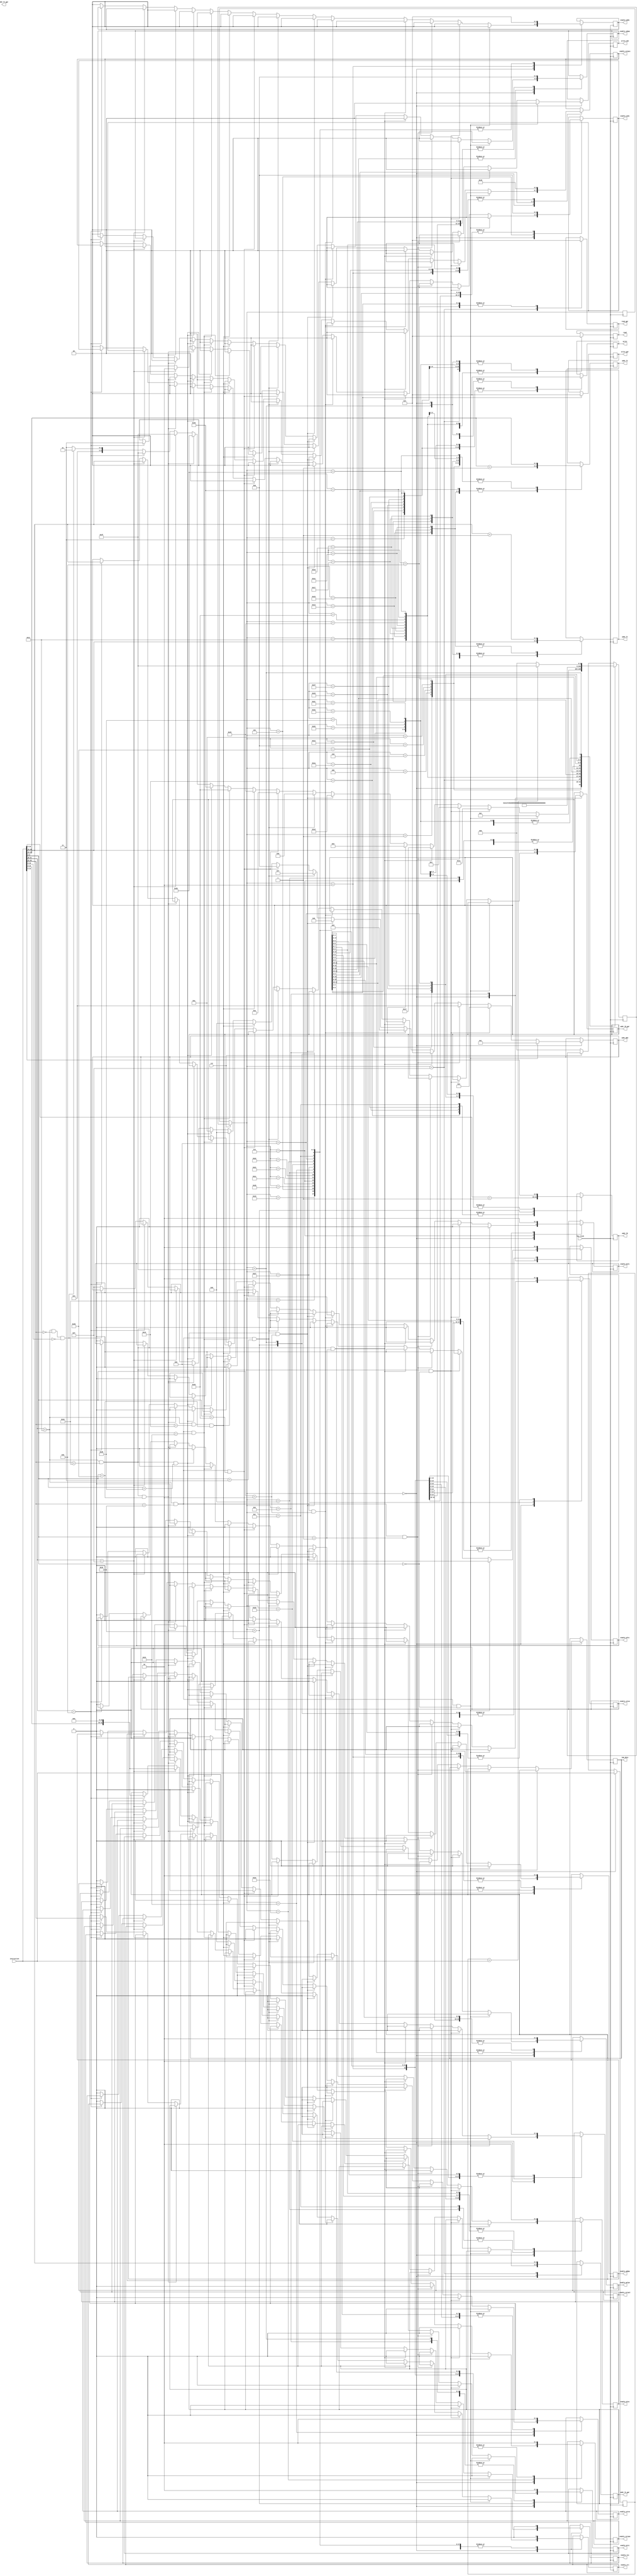
module fpu(
fpu_clock,
rst,
instruction,
enable_adds,
enable_addps,
enable_subs,
enable_subps,
enable_muls,
enable_mulps,
enable_divs,
enable_cvtpss,
enable_cvtsw,
enable_cvtws,
enable_cvtspl,
enable_cvtspu,
enable_lui,
enable_ori,
enable_mfc1,
enable_mtc1,
read,
write,
addr_ft,
addr_fs,
addr_fd,
imm_data,
read_gpr,
write_imm,
addr_fs_gpr,
addr_ft_gpr,
addr_fd_gpr,
write_gpr,
addr_MUX
);

input         fpu_clock;
input	      rst;
input  [31:0] instruction;

output reg		[1:0]	enable_adds;
output reg			enable_addps;
output reg		[1:0]	enable_subs;
output reg		[1:0]	enable_subps;
output reg			enable_muls;
output reg			enable_mulps;
output reg			enable_divs;
output reg		[1:0]	enable_cvtpss;
output reg			enable_cvtsw;
output reg			enable_cvtws;
output reg			enable_cvtspl;
output reg			enable_cvtspu;
output reg			enable_lui;
output reg			enable_ori;
output reg			enable_mfc1;
output reg			enable_mtc1;
output reg [1:0] read; //1: both read; 2:only read rt
output reg [1:0] write;
//output reg [31:0] imm_data;
output reg  [4:0]    addr_ft;
output reg  [4:0]    addr_fs;
output reg  [4:0]    addr_fd;
output reg  [1:0] read_gpr; //1: both read; 2:only read rt
output reg  [1:0] write_imm;
output reg  [1:0] write_gpr;
output reg [31:0] imm_data;
output reg  [4:0]    addr_ft_gpr;
output reg  [4:0]    addr_fs_gpr;
output reg  [4:0]    addr_fd_gpr;
output reg  [3:0]    addr_MUX;

parameter decode=6'b000000,add_read=6'b000001,add_cal=6'b000010,add_write=6'b000011,sub_read=6'b000100,sub_cal=6'b000101,mul_read=6'b000110, mul_cal=6'b000111, div_read=6'b001000, div_cal=6'b001001,cvtpss_read=6'b001010, cvtpss_write_high=6'b001011, cvtpss_write_low=6'b001100, mfc1_read=6'b001101, mfc1_write=6'b001110, mtc1_read=6'b001111, mtc1_write=6'b010000, addps_read1=6'b010001, addps_write1=6'b010010, addps_read2=6'b010011, addps_write2=6'b010100, addps_cal1=6'b010101, addps_cal2=6'b010110, subps_read1=6'b010111, subps_write1=6'b011000, subps_read2=6'b011001, subps_write2=6'b011010, subps_cal1=6'b011011, subps_cal2=6'b011100, mulps_read1=6'b011101, mulps_read2=6'b011110, mulps_write1=6'b011111, mulps_write2=6'b100000, mulps_cal1=6'b100001, mulps_cal2=6'b100010, cvtsw_read=6'b100011, cvtsw_cal=6'b100100, cvtsw_write=6'b100101, cvtws_read=6'b100110, cvtws_cal=6'b100111, cvtws_write=6'b101000, cvtspl_read=6'b101001, cvtspl_write=6'b101010, cvtspu_read=6'b101011, cvtspu_write=6'b101100, cvtspl_cal=6'b101101, cvtspu_cal=6'b101110, over=6'b111111;
reg[5:0]	state, nextstate;       //FSM
reg [31:0] cmp_instruction;


always@(posedge fpu_clock)
begin
	    if(!rst)
		   //state = start;
		   begin nextstate = decode;
		   end
	    	
	    else
		   state = nextstate;
begin	
	case(state)
	
	decode:
		
	begin
	cmp_instruction = instruction;
	if (instruction[31:26]==6'b010001 && instruction[25:21]==5'b10000  && instruction[5:0]==6'b000000) //add.s 1
			begin
				//floatadd floatadd_s (.clk(func_clk), .rst(cpu_reset_b), .x(x), .y(y), .z(z), .overflow(overflow));
				enable_adds=0;
				enable_addps=0;
				enable_subs=0;
				enable_subps=0;
				enable_muls=0;
				enable_mulps=0;
				enable_divs=0;
				enable_cvtpss=0;
				enable_cvtsw=0;
				enable_cvtws=0;
				enable_cvtspl=0;
				enable_cvtspu=0;
				enable_lui=0;
				enable_ori=0;
				enable_mfc1=0;
				enable_mtc1=0;
				read=0; write=0; write_imm=0;addr_MUX = 4'b0001;
				nextstate = add_read;
			end

	else if (instruction[31:26]==6'b010001 && instruction[25:21]==5'b10110  && instruction[5:0]==6'b000000) //add.ps 2
			begin
				enable_adds=0;
				enable_addps=0;
				enable_subs=0;
				enable_subps=0;
				enable_muls=0;
				enable_mulps=0;
				enable_divs=0;
				enable_cvtpss=0;
				enable_cvtsw=0;
				enable_cvtws=0;
				enable_cvtspl=0;
				enable_cvtspu=0;
				enable_lui=0;
				enable_ori=0;
				enable_mfc1=0;
				enable_mtc1=0;
				read=0; write=0; write_imm=0;addr_MUX = 4'b0010;
				nextstate = addps_read1;				

			end

	else if (instruction[31:26]==6'b010001 && instruction[25:21]==5'b10000  && instruction[5:0]==6'b000001) //sub.s 3
			begin
				enable_adds=0;
				enable_addps=0;
				enable_subs=0;
				enable_subps=0;
				enable_muls=0;
				enable_mulps=0;
				enable_divs=0;
				enable_cvtpss=0;
				enable_cvtsw=0;
				enable_cvtws=0;
				enable_cvtspl=0;
				enable_cvtspu=0;
				enable_lui=0;
				enable_ori=0;
				enable_mfc1=0;
				enable_mtc1=0;
				read=0; write=0; write_imm=0;addr_MUX = 4'b0011;
				nextstate = sub_read;				

			end

	else if (instruction[31:26]==6'b010001 && instruction[25:21]==5'b10110  && instruction[5:0]==6'b000001) //sub.ps 4
			begin
				enable_adds=0;
				enable_addps=0;
				enable_subs=0;
				enable_subps=0;
				enable_muls=0;
				enable_mulps=0;
				enable_divs=0;
				enable_cvtpss=0;
				enable_cvtsw=0;
				enable_cvtws=0;
				enable_cvtspl=0;
				enable_cvtspu=0;
				enable_lui=0;
				enable_ori=0;
				enable_mfc1=0;
				enable_mtc1=0;
				read=0; write=0; write_imm=0;addr_MUX = 4'b0100;
				nextstate = subps_read1;				

			end

	else if (instruction[31:26]==6'b010001 && instruction[25:21]==5'b10000  && instruction[5:0]==6'b000010) //mul.s 5
			begin
				enable_adds=0;
				enable_addps=0;
				enable_subs=0;
				enable_subps=0;
				enable_muls=0;
				enable_mulps=0;
				enable_divs=0;
				enable_cvtpss=0;
				enable_cvtsw=0;
				enable_cvtws=0;
				enable_cvtspl=0;
				enable_cvtspu=0;
				enable_lui=0;
				enable_ori=0;
				enable_mfc1=0;
				enable_mtc1=0;
				read=0; write=0; write_imm=0;addr_MUX = 4'b0101;
				nextstate = mul_read;				

			end

	else if (instruction[31:26]==6'b010001 && instruction[25:21]==5'b10110  && instruction[5:0]==6'b000010) //mul.ps 6
			begin
				enable_adds=0;
				enable_addps=0;
				enable_subs=0;
				enable_subps=0;
				enable_muls=0;
				enable_mulps=0;
				enable_divs=0;
				enable_cvtpss=0;
				enable_cvtsw=0;
				enable_cvtws=0;
				enable_cvtspl=0;
				enable_cvtspu=0;
				enable_lui=0;
				enable_ori=0;
				enable_mfc1=0;
				enable_mtc1=0;
				read=0; write=0; write_imm=0;addr_MUX = 4'b0110;
				nextstate = mulps_read1;				

			end

	else if (instruction[31:26]==6'b010001 && instruction[25:21]==5'b10000  && instruction[5:0]==6'b000011) //div.s 7
			begin
				enable_adds=0;
				enable_addps=0;
				enable_subs=0;
				enable_subps=0;
				enable_muls=0;
				enable_mulps=0;
				enable_divs=0;
				enable_cvtpss=0;
				enable_cvtsw=0;
				enable_cvtws=0;
				enable_cvtspl=0;
				enable_cvtspu=0;
				enable_lui=0;
				enable_ori=0;
				enable_mfc1=0;
				enable_mtc1=0;
				read=0; write=0; write_imm=0;addr_MUX = 4'b0111;
				nextstate = div_read;				

			end
	else if (instruction[31:26]==6'b010001 && instruction[25:21]==5'b10000  && instruction[5:0]==6'b100110) //cvt.ps.s fd = fs || fd 8
			begin
				enable_adds=0;
				enable_addps=0;
				enable_subs=0;
				enable_subps=0;
				enable_muls=0;
				enable_mulps=0;
				enable_divs=0;
				enable_cvtpss=0;
				enable_cvtsw=0;
				enable_cvtws=0;
				enable_cvtspl=0;
				enable_cvtspu=0;
				enable_lui=0;
				enable_ori=0;
				enable_mfc1=0;
				enable_mtc1=0;
				read=0; write=0; write_imm=0;addr_MUX = 4'b1000;				
				nextstate = cvtpss_read;

			end
	else if (instruction[31:26]==6'b010001 && instruction[25:21]==5'b10100  && instruction[5:0]==6'b100000) //cvt.s.w 9
			begin
				enable_adds=0;
				enable_addps=0;
				enable_subs=0;
				enable_subps=0;
				enable_muls=0;
				enable_mulps=0;
				enable_divs=0;
				enable_cvtpss=0;
				enable_cvtsw=0;
				enable_cvtws=0;
				enable_cvtspl=0;
				enable_cvtspu=0;
				enable_lui=0;
				enable_ori=0;
				enable_mfc1=0;
				enable_mtc1=0;
				read=0; write=0; write_imm=0;addr_MUX = 4'b1001;				
				nextstate = cvtsw_read;		

			end

	else if (instruction[31:26]==6'b010001 && instruction[25:21]==5'b10000  && instruction[5:0]==6'b100100) //cvt.w.s 9
			begin
				enable_adds=0;
				enable_addps=0;
				enable_subs=0;
				enable_subps=0;
				enable_muls=0;
				enable_mulps=0;
				enable_divs=0;
				enable_cvtpss=0;
				enable_cvtsw=0;
				enable_cvtws=0;
				enable_cvtspl=0;
				enable_cvtspu=0;
				enable_lui=0;
				enable_ori=0;
				enable_mfc1=0;
				enable_mtc1=0;
				read=0; write=0; write_imm=0;addr_MUX = 4'b1001;				
				nextstate = cvtws_read;					

			end

	else if (instruction[31:26]==6'b010001 && instruction[25:21]==5'b10110  && instruction[5:0]==6'b101000) //cvt.s.pl 10
			begin
				enable_adds=0;
				enable_addps=0;
				enable_subs=0;
				enable_subps=0;
				enable_muls=0;
				enable_mulps=0;
				enable_divs=0;
				enable_cvtpss=0;
				enable_cvtsw=0;
				enable_cvtws=0;
				enable_cvtspl=0;
				enable_cvtspu=0;
				enable_lui=0;
				enable_ori=0;
				enable_mfc1=0;
				enable_mtc1=0;
				read=0; write=0; write_imm=0;addr_MUX = 4'b1010;				
				nextstate = cvtspl_read;					

			end

	else if (instruction[31:26]==6'b010001 && instruction[25:21]==5'b10110  && instruction[5:0]==6'b100000) //cvt.s.pu 11
			begin
				enable_adds=0;
				enable_addps=0;
				enable_subs=0;
				enable_subps=0;
				enable_muls=0;
				enable_mulps=0;
				enable_divs=0;
				enable_cvtpss=0;
				enable_cvtsw=0;
				enable_cvtws=0;
				enable_cvtspl=0;
				enable_cvtspu=0;
				enable_lui=0;
				enable_ori=0;
				enable_mfc1=0;
				enable_mtc1=0;
				read=0; write=0; write_imm=0;addr_MUX = 4'b1011;				
				nextstate = cvtspu_read;				

			end

	else if (instruction[31:26]==6'b001111) //lui  12
			begin
				read = 0; write=0; write_imm = 2'b10;//addr_MUX = 4'b1100;
				addr_fd_gpr = instruction[20:16]; //the addr of write target of the register
				imm_data = {instruction[15:0],16'b0};
				nextstate = over;

			end

	else if (instruction[31:26]==6'b001101 ) //ori 13
			begin
				read = 0; write=0; write_imm = 2'b11;//addr_MUX = 4'b1101;
				addr_fd_gpr = instruction[20:16]; //the addr of write target of the register
				addr_fs_gpr = instruction[25:21];
				imm_data = {instruction[15:0],16'b0};
				nextstate = over;

			end

	else if (instruction[31:26]==6'b010001 && instruction[25:21]==5'b00000  && instruction[10:0]==11'b00000000000) //mfc1 14
			begin
				
				enable_adds=0;
				enable_addps=0;
				enable_subs=0;
				enable_subps=0;
				enable_muls=0;
				enable_mulps=0;
				enable_divs=0;
				enable_cvtpss=0;
				enable_cvtsw=0;
				enable_cvtws=0;
				enable_cvtspl=0;
				enable_cvtspu=0;
				enable_lui=0;
				enable_ori=0;
				enable_mfc1=0;
				enable_mtc1=0;
				read=0; write=0; write_imm=0;//addr_MUX = 4'b1110;	
				nextstate = mfc1_read;	
			end

	else 
				//if (instruction[31:26]==5'b010001 && instruction[25:21]==5'b00100  && instruction[10:0]==11'b00000000000) //mtc1 15
			begin
				enable_adds=0;
				enable_addps=0;
				enable_subs=0;
				enable_subps=0;
				enable_muls=0;
				enable_mulps=0;
				enable_divs=0;
				enable_cvtpss=0;
				enable_cvtsw=0;
				enable_cvtws=0;
				enable_cvtspl=0;
				enable_cvtspu=0;
				enable_lui=0;
				enable_ori=0;
				enable_mfc1=0;
				enable_mtc1=0;
				read=0; write=0; write_imm=0;addr_MUX = 4'b1111;	
				nextstate = mtc1_read;				

			end
	end //end of case 'decode'

//*********************************************************************
	add_read:
	begin

		read = 1; write = 0;
		addr_ft = instruction[20:16];
		addr_fs = instruction[15:11];
		//addr_fd = instruction[10:6];
		nextstate = add_cal;
	

	end //end of case 'add_read'
	
	sub_read:
	begin

		read = 1; write = 0;
		addr_ft = instruction[20:16];
		addr_fs = instruction[15:11];
		//addr_fd = instruction[10:6];
		nextstate = sub_cal;
	

	end //end of case 'sub_read'

	mul_read:
	begin

		read = 1; write = 0;
		addr_ft = instruction[20:16];
		addr_fs = instruction[15:11];
		//addr_fd = instruction[10:6];
		nextstate = mul_cal;
	

	end //end of case 'mul_read'

	div_read:
	begin

		read = 1; write = 0;
		addr_ft = instruction[20:16];
		addr_fs = instruction[15:11];
		//addr_fd = instruction[10:6];
		nextstate = div_cal;
	

	end //end of case 'div_read'

	cvtpss_read:
	begin

		read = 1; write = 0;
		addr_ft = instruction[20:16];
		addr_fs = instruction[15:11];
		//addr_fd = instruction[10:6];
		nextstate = cvtpss_write_high;
	

	end //end of case 'cvtpss_read'

	mfc1_read:
	begin

		read = 1; read_gpr = 0; write = 0;  
		//addr_ft = instruction[20:16];
		addr_fs = instruction[15:11];
		//addr_fd = instruction[10:6];
		nextstate = mfc1_write;
	

	end //end of case 'mfc1_read'

	mtc1_read:
	begin

		read = 0; write = 0; read_gpr = 1;
		//addr_ft = instruction[20:16];
		addr_fs_gpr = instruction[20:16];
		//addr_fd = instruction[10:6];
		nextstate = mtc1_write;
	

	end //end of case 'mtc1_read'

	addps_read1:
	begin

		read = 1; write = 0;
		addr_ft = instruction[20:16];
		addr_fs = instruction[15:11];
		//addr_fd = instruction[10:6];
		nextstate = addps_cal1;
	end // end of 'addps_read1'

	addps_read2:
	begin

		read = 1; write = 0;
		addr_ft = instruction[20:16]+1;
		addr_fs = instruction[15:11]+1;
		//addr_fd = instruction[10:6];
		nextstate = addps_cal2;
	end // end of 'addps_read2'

	subps_read1:
	begin

		read = 1; write = 0;
		addr_ft = instruction[20:16];
		addr_fs = instruction[15:11];
		//addr_fd = instruction[10:6];
		nextstate = subps_cal1;
	end // end of 'subps_read1'

	subps_read2:
	begin

		read = 1; write = 0;
		addr_ft = instruction[20:16]+1;
		addr_fs = instruction[15:11]+1;
		//addr_fd = instruction[10:6];
		nextstate = subps_cal2;
	end // end of 'subps_read2'

	mulps_read1:
	begin

		read = 1; write = 0;
		addr_ft = instruction[20:16];
		addr_fs = instruction[15:11];
		//addr_fd = instruction[10:6];
		nextstate = mulps_cal1;
	end // end of 'mulps_read1'

	mulps_read2:
	begin

		read = 1; write = 0;
		addr_ft = instruction[20:16]+1;
		addr_fs = instruction[15:11]+1;
		//addr_fd = instruction[10:6];
		nextstate = mulps_cal2;
	end // end of 'mulps_read2'

	cvtsw_read:
	begin

		read = 1; write = 0;
		//addr_ft = instruction[20:16]+1;
		addr_fs = instruction[15:11];
		//addr_fd = instruction[10:6];
		nextstate = cvtsw_cal;
	end // end of 'cvtsw_read'

	cvtws_read:
	begin

		read = 1; write = 0;
		//addr_ft = instruction[20:16]+1;
		addr_fs = instruction[15:11];
		//addr_fd = instruction[10:6];
		nextstate = cvtws_cal;
	end // end of 'cvtws_read'

	cvtspl_read:
	begin

		read = 1; write = 0;
		//addr_ft = instruction[20:16]+1;
		addr_fs = instruction[15:11]+1;
		//addr_fd = instruction[10:6];
		nextstate = cvtspl_cal;
	end // end of 'cvtspl_read'

	cvtspu_read:
	begin

		read = 1; write = 0;
		//addr_ft = instruction[20:16]+1;
		addr_fs = instruction[15:11];
		//addr_fd = instruction[10:6];
		nextstate = cvtspu_cal;
	end // end of 'cvtspu_read'
//******************************************************************************************
	add_cal:
	begin

				enable_adds=2'b01;
				enable_addps=0;
				enable_subs=0;
				enable_subps=0;
				enable_muls=0;
				enable_mulps=0;
				enable_divs=0;
				enable_cvtpss=0;
				enable_cvtsw=0;
				enable_cvtws=0;
				enable_cvtspl=0;
				enable_cvtspu=0;
				enable_lui=0;
				enable_ori=0;
				enable_mfc1=0;
				enable_mtc1=0;
				nextstate = add_write;

	end //end of case 'add_cal'

	addps_cal1:
	begin

				enable_adds=0;
				enable_addps=1;
				enable_subs=0;
				enable_subps=0;
				enable_muls=0;
				enable_mulps=0;
				enable_divs=0;
				enable_cvtpss=0;
				enable_cvtsw=0;
				enable_cvtws=0;
				enable_cvtspl=0;
				enable_cvtspu=0;
				enable_lui=0;
				enable_ori=0;
				enable_mfc1=0;
				enable_mtc1=0;
				nextstate = addps_write1;

	end //end of case 'addps_cal1'

	addps_cal2:
	begin

				enable_adds=0;
				enable_addps=1;
				enable_subs=0;
				enable_subps=0;
				enable_muls=0;
				enable_mulps=0;
				enable_divs=0;
				enable_cvtpss=0;
				enable_cvtsw=0;
				enable_cvtws=0;
				enable_cvtspl=0;
				enable_cvtspu=0;
				enable_lui=0;
				enable_ori=0;
				enable_mfc1=0;
				enable_mtc1=0;
				nextstate = addps_write2;

	end //end of case 'addps_cal2'

	sub_cal:
	begin

				enable_adds=0;
				enable_addps=0;
				enable_subs=2'b10;
				enable_subps=0;
				enable_muls=0;
				enable_mulps=0;
				enable_divs=0;
				enable_cvtpss=0;
				enable_cvtsw=0;
				enable_cvtws=0;
				enable_cvtspl=0;
				enable_cvtspu=0;
				enable_lui=0;
				enable_ori=0;
				enable_mfc1=0;
				enable_mtc1=0;
				nextstate = add_write;

	end //end of case 'sub_cal'

	subps_cal1:
	begin

				enable_adds=0;
				enable_addps=0;
				enable_subs=0;
				enable_subps=2'b10;
				enable_muls=0;
				enable_mulps=0;
				enable_divs=0;
				enable_cvtpss=0;
				enable_cvtsw=0;
				enable_cvtws=0;
				enable_cvtspl=0;
				enable_cvtspu=0;
				enable_lui=0;
				enable_ori=0;
				enable_mfc1=0;
				enable_mtc1=0;
				nextstate = subps_write1;

	end //end of case 'addps_cal1'

	subps_cal2:
	begin

				enable_adds=0;
				enable_addps=0;
				enable_subs=0;
				enable_subps=2'b10;
				enable_muls=0;
				enable_mulps=0;
				enable_divs=0;
				enable_cvtpss=0;
				enable_cvtsw=0;
				enable_cvtws=0;
				enable_cvtspl=0;
				enable_cvtspu=0;
				enable_lui=0;
				enable_ori=0;
				enable_mfc1=0;
				enable_mtc1=0;
				nextstate = subps_write2;

	end //end of case 'addps_cal2'

	mul_cal:
	begin

				enable_adds=0;
				enable_addps=0;
				enable_subs=0;
				enable_subps=0;
				enable_muls=1;
				enable_mulps=0;
				enable_divs=0;
				enable_cvtpss=0;
				enable_cvtsw=0;
				enable_cvtws=0;
				enable_cvtspl=0;
				enable_cvtspu=0;
				enable_lui=0;
				enable_ori=0;
				enable_mfc1=0;
				enable_mtc1=0;
				nextstate = add_write;

	end //end of case 'mul_cal'

	mulps_cal1:
	begin

				enable_adds=0;
				enable_addps=0;
				enable_subs=0;
				enable_subps=0;
				enable_muls=0;
				enable_mulps=1;
				enable_divs=0;
				enable_cvtpss=0;
				enable_cvtsw=0;
				enable_cvtws=0;
				enable_cvtspl=0;
				enable_cvtspu=0;
				enable_lui=0;
				enable_ori=0;
				enable_mfc1=0;
				enable_mtc1=0;
				nextstate = mulps_write1;

	end //end of case 'mulps_cal1'

	mulps_cal2:
	begin

				enable_adds=0;
				enable_addps=0;
				enable_subs=0;
				enable_subps=0;
				enable_muls=0;
				enable_mulps=1;
				enable_divs=0;
				enable_cvtpss=0;
				enable_cvtsw=0;
				enable_cvtws=0;
				enable_cvtspl=0;
				enable_cvtspu=0;
				enable_lui=0;
				enable_ori=0;
				enable_mfc1=0;
				enable_mtc1=0;
				nextstate = mulps_write2;

	end //end of case 'mulps_cal2'

	div_cal:
	begin

				enable_adds=0;
				enable_addps=0;
				enable_subs=0;
				enable_subps=0;
				enable_muls=0;
				enable_mulps=0;
				enable_divs=1;
				enable_cvtpss=0;
				enable_cvtsw=0;
				enable_cvtws=0;
				enable_cvtspl=0;
				enable_cvtspu=0;
				enable_lui=0;
				enable_ori=0;
				enable_mfc1=0;
				enable_mtc1=0;
				nextstate = add_write;

	end //end of case 'div_cal'

	cvtsw_cal:
	begin

				enable_adds=0;
				enable_addps=0;
				enable_subs=0;
				enable_subps=0;
				enable_muls=0;
				enable_mulps=0;
				enable_divs=0;
				enable_cvtpss=0;
				enable_cvtsw=1;
				enable_cvtws=0;
				enable_cvtspl=0;
				enable_cvtspu=0;
				enable_lui=0;
				enable_ori=0;
				enable_mfc1=0;
				enable_mtc1=0;
				nextstate = cvtsw_write;

	end //end of case 'cvtsw_cal'

	cvtws_cal:
	begin

				enable_adds=0;
				enable_addps=0;
				enable_subs=0;
				enable_subps=0;
				enable_muls=0;
				enable_mulps=0;
				enable_divs=0;
				enable_cvtpss=0;
				enable_cvtsw=0;
				enable_cvtws=1;
				enable_cvtspl=0;
				enable_cvtspu=0;
				enable_lui=0;
				enable_ori=0;
				enable_mfc1=0;
				enable_mtc1=0;
				nextstate = cvtws_write;

	end //end of case 'cvtws_cal'

	cvtspl_cal:
	begin

				enable_adds=0;
				enable_addps=0;
				enable_subs=0;
				enable_subps=0;
				enable_muls=0;
				enable_mulps=0;
				enable_divs=0;
				enable_cvtpss=0;
				enable_cvtsw=0;
				enable_cvtws=0;
				enable_cvtspl=1;
				enable_cvtspu=0;
				enable_lui=0;
				enable_ori=0;
				enable_mfc1=0;
				enable_mtc1=0;
				nextstate = cvtspl_write;

	end //end of case 'cvtspl_cal'

	cvtspu_cal:
	begin

				enable_adds=0;
				enable_addps=0;
				enable_subs=0;
				enable_subps=0;
				enable_muls=0;
				enable_mulps=0;
				enable_divs=0;
				enable_cvtpss=0;
				enable_cvtsw=0;
				enable_cvtws=0;
				enable_cvtspl=0;
				enable_cvtspu=1;
				enable_lui=0;
				enable_ori=0;
				enable_mfc1=0;
				enable_mtc1=0;
				nextstate = cvtspu_write;

	end //end of case 'cvtspu_cal'

//*******************************************************************************
	add_write:
	begin
		read = 0; write = 2'b01;
		addr_fd = instruction[10:6];		
		nextstate = over;
	end //end of case 'add_write'

	addps_write1:
	begin
		read = 0; write = 2'b01;
		addr_fd = instruction[10:6];		
		nextstate = addps_read2;
	end //end of case 'addps_write1'

	addps_write2:
	begin
		read = 0; write = 2'b01;
		addr_fd = instruction[10:6]+1;		
		nextstate = over;
	end //end of case 'addps_write2'

	subps_write1:
	begin
		read = 0; write = 2'b01;
		addr_fd = instruction[10:6];		
		nextstate = subps_read2;
	end //end of case 'subps_write1'

	subps_write2:
	begin
		read = 0; write = 2'b01;
		addr_fd = instruction[10:6]+1;		
		nextstate = over;
	end //end of case 'subps_write2'

	mulps_write1:
	begin
		read = 0; write = 2'b01;
		addr_fd = instruction[10:6];		
		nextstate = mulps_read2;
	end //end of case 'mulps_write1'

	mulps_write2:
	begin
		read = 0; write = 2'b01;
		addr_fd = instruction[10:6]+1;		
		nextstate = over;
	end //end of case 'mulps_write2'

	cvtpss_write_high:
	begin
				enable_adds=0;
				enable_addps=0;
				enable_subs=0;
				enable_subps=0;
				enable_muls=0;
				enable_mulps=0;
				enable_divs=0;
				enable_cvtpss=2'b01;
				enable_cvtsw=0;
				enable_cvtws=0;
				enable_cvtspl=0;
				enable_cvtspu=0;
				enable_lui=0;
				enable_ori=0;
				enable_mfc1=0;
				enable_mtc1=0;
		read = 0; write = 1;
		addr_fd = instruction[10:6];		
		nextstate = cvtpss_write_low;
	end //end of case 'cvtpss_write_high'

	cvtpss_write_low:
	begin
		read = 0; write = 0;
				enable_adds=0;
				enable_addps=0;
				enable_subs=0;
				enable_subps=0;
				enable_muls=0;
				enable_mulps=0;
				enable_divs=1;
				enable_cvtpss=2'b10;
				enable_cvtsw=0;
				enable_cvtws=0;
				enable_cvtspl=0;
				enable_cvtspu=0;
				enable_lui=0;
				enable_ori=0;
				enable_mfc1=0;
				enable_mtc1=0;
		read = 0; write = 1;
		addr_fd = instruction[10:6]+1;		
		nextstate = over;
	end //end of case 'cvtpss_write_low'

	mfc1_write:
	begin
				enable_adds=0;
				enable_addps=0;
				enable_subs=0;
				enable_subps=0;
				enable_muls=0;
				enable_mulps=0;
				enable_divs=0;
				enable_cvtpss=0;
				enable_cvtsw=0;
				enable_cvtws=0;
				enable_cvtspl=0;
				enable_cvtspu=0;
				enable_lui=0;
				enable_ori=0;
				enable_mfc1=1;
				enable_mtc1=0;
		read = 0; write = 0; read_gpr = 0; write_gpr = 1;
		addr_fd_gpr = instruction[20:16];		
		nextstate = over;
	end //end of case 'mfc1_write'

	mtc1_write:
	begin
				enable_adds=0;
				enable_addps=0;
				enable_subs=0;
				enable_subps=0;
				enable_muls=0;
				enable_mulps=0;
				enable_divs=0;
				enable_cvtpss=0;
				enable_cvtsw=0;
				enable_cvtws=0;
				enable_cvtspl=0;
				enable_cvtspu=0;
				enable_lui=0;
				enable_ori=0;
				enable_mfc1=0;
				enable_mtc1=1;
		read = 0; read_gpr = 0; write = 1; write_gpr = 0;
		addr_fd = instruction[15:11];		
		nextstate = over;
	end //end of case 'mtc1_write'

	cvtsw_write:
	begin
				
		read = 0; write = 1;
		addr_fd = instruction[10:6];		
		nextstate = over;
	end //end of case 'cvtsw_write'

	cvtws_write:
	begin
				
		read = 0; write = 1;
		addr_fd = instruction[10:6];		
		nextstate = over;
	end //end of case 'cvtws_write'

	cvtspl_write:
	begin
				
		read = 0; write = 1;
		addr_fd = instruction[10:6];		
		nextstate = over;
	end //end of case 'cvtspl_write'

	cvtspu_write:
	begin
				
		read = 0; write = 1;
		addr_fd = instruction[10:6];		
		nextstate = over;
	end //end of case 'cvtspu_write'
//**********************************************************************

	over:
	begin
		read = 0; write = 0;
				enable_adds=0;
				enable_addps=0;
				enable_subs=0;
				enable_subps=0;
				enable_muls=0;
				enable_mulps=0;
				enable_divs=0;
				enable_cvtpss=0;
				enable_cvtsw=0;
				enable_cvtws=0;
				enable_cvtspl=0;
				enable_cvtspu=0;
				enable_lui=0;
				enable_ori=0;
				enable_mfc1=0;
				enable_mtc1=0;
		if (cmp_instruction == instruction) nextstate = over;
		else nextstate = decode;
	end //end of case 'over'
endcase

end
end

endmodule